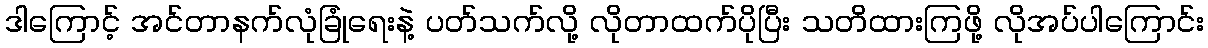
ဒါကြောင့် အင်တာနက်လုံခြုံရေးနဲ့ ပတ်သက်လို့ လိုတာထက်ပိုပြီး သတိထားကြဖို့ လိုအပ်ပါကြောင်း